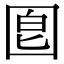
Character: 𡇠